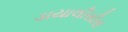
ડાયાલીસીસ